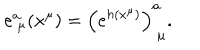
e _ { ~ \mu } ^ { a } ( x ^ { \mu } ) = \left( e ^ { h ( x ^ { \mu } ) } \right) _ { ~ \mu } ^ { a } .